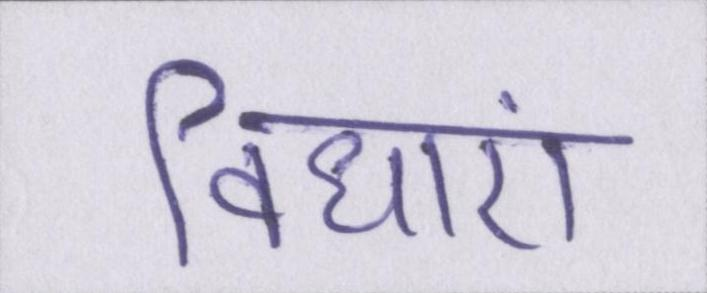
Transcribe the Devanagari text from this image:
विधाएं